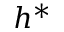
h ^ { * }